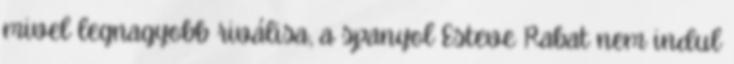
mivel legnagyobb riválisa, a spanyol Esteve Rabat nem indul